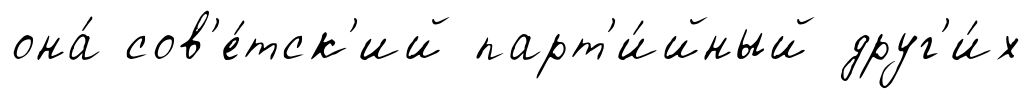
она́ сов'е́тск'ий парт'и́йный друг'и́х